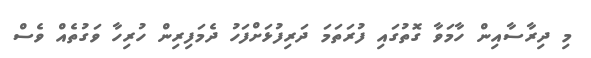
މި ދިރާސާއިން ހާމަވާ ގޮތުގައި ފުރަތަމަ ދަރިފުޅަށްފަހު ދެމަފިރިން ހުރިހާ ވަގުތެއް ވެސް